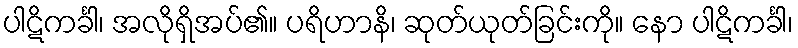
ပါဋိကင်္ခါ၊ အလိုရှိအပ်၏။ ပရိဟာနိ၊ ဆုတ်ယုတ်ခြင်းကို။ နော ပါဋိကင်္ခါ၊